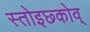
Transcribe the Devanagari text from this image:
स्तोइछ्कोव्